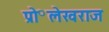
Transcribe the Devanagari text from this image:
प्रो॰लेखराज